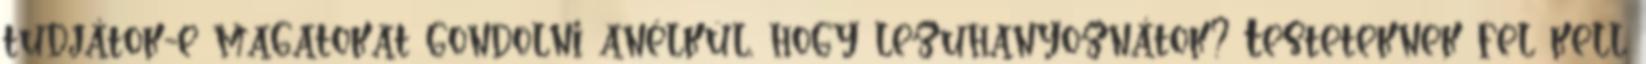
tudjátok-e magatokat gondolni anélkül, hogy lezuhanyoznátok? Testeteknek fel kell